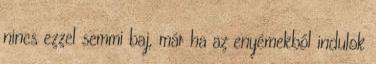
nincs ezzel semmi baj, már ha az enyémekből indulok